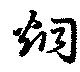
烱